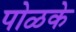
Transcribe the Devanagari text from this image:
पोळके